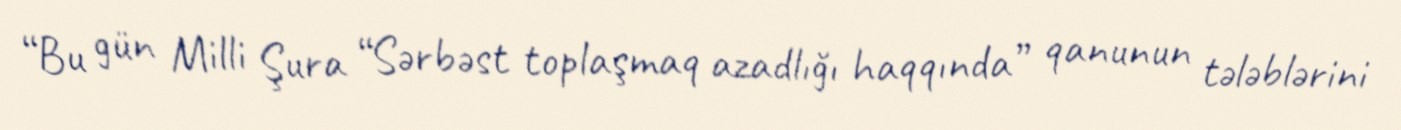
“Bu gün Milli Şura “Sərbəst toplaşmaq azadlığı haqqında” qanunun tələblərini